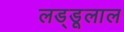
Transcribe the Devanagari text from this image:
लड्डूलाल